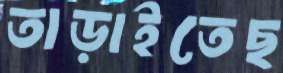
তাড়াইতেছ